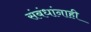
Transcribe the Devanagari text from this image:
संबंधांनाही